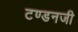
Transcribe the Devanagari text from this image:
टण्डनजी